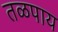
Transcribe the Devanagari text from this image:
तळपाय